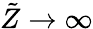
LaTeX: \tilde{Z}\to\infty